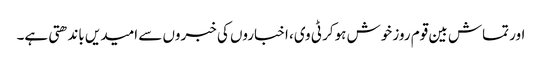
اور تماش بین قوم روز خوش ہوکر ٹی وی، اخباروں کی خبروں سے امیدیں باندھتی ہے۔